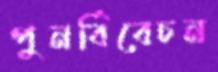
পুনর্বিবেচন